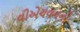
વીએચવનની